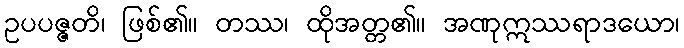
ဥပပဇ္ဇတိ၊ ဖြစ်၏။ တဿ၊ ထိုအတ္တ၏။ အဏုဣဿရာဒယော၊